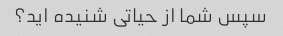
سپس شما از حیاتی شنیده اید؟